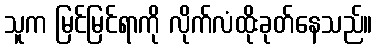
သူက မြင်မြင်ရာကို လိုက်လံထိုးခုတ်နေသည်။